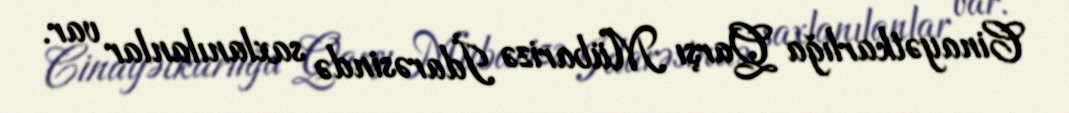
Cinayətkarlığa Qarşı Mübarizə İdarəsində saxlanılanlar var.